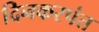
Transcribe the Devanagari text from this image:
दिनकरपंत